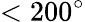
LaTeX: <200^{\circ}